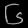
Digit: ၆